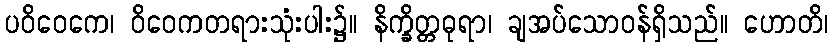
ပဝိဝေကေ၊ ဝိဝေကတရားသုံးပါး၌။ နိက္ခိတ္တဓုရာ၊ ချအပ်သောဝန်ရှိသည်။ ဟောတိ၊